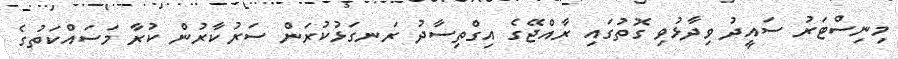
މިނިސްޓަރު ސައީދު ވިދާޅުވި ގޮތުގައި ރާއްޖޭގެ އިގްތިސާދު ރަނގަޅުކުރަން ސަރުކާރުން ކުރާ މަސައްކަތުގެ